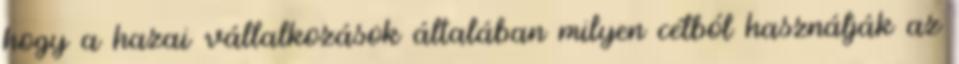
hogy a hazai vállalkozások általában milyen célból használják az